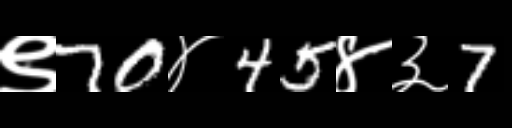
Text: ९70४45४३7